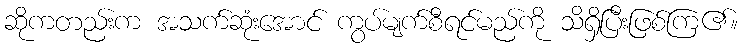
ဆိုကတည်းက အသက်ဆုံးအောင် ကွပ်မျက်စီရင်မည်ကို သိရှိပြီးဖြစ်ကြ၏။